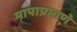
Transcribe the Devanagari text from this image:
मापाप्रमाणे